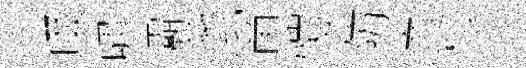
啜嘯灞蓼甯愷防賣杉